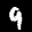
Label: 9